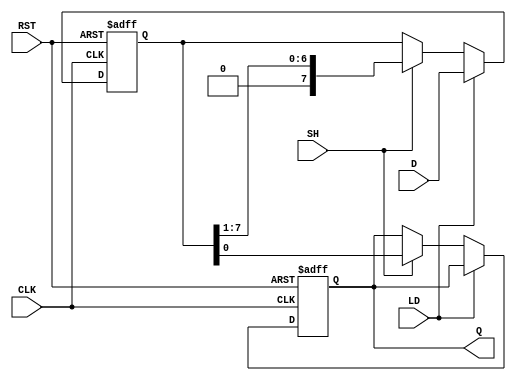
module PISO_Register #(
    parameter N = 8  // Width of the register (number of bits)
)(
    input wire [N-1:0] D,   // Parallel data input
    input wire LD,          // Load signal
    input wire SH,          // Shift signal
    input wire CLK,         // Clock signal
    input wire RST,         // Reset signal
    output reg Q            // Serial output
);

    reg [N-1:0] shift_reg;  // Internal shift register

    always @(posedge CLK or posedge RST) begin
        if (RST) begin
            shift_reg <= {N{1'b0}}; // Asynchronous reset
            Q <= 1'b0;              // Clear serial output
        end else begin
            if (LD) begin
                shift_reg <= D;     // Load data into the register
            end else if (SH) begin
                Q <= shift_reg[0];  // Output LSB
                shift_reg <= {1'b0, shift_reg[N-1:1]}; // Shift right
            end
        end
    end

endmodule